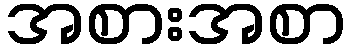
အစားအစာ